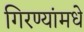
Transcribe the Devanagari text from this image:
गिरण्यांमधे